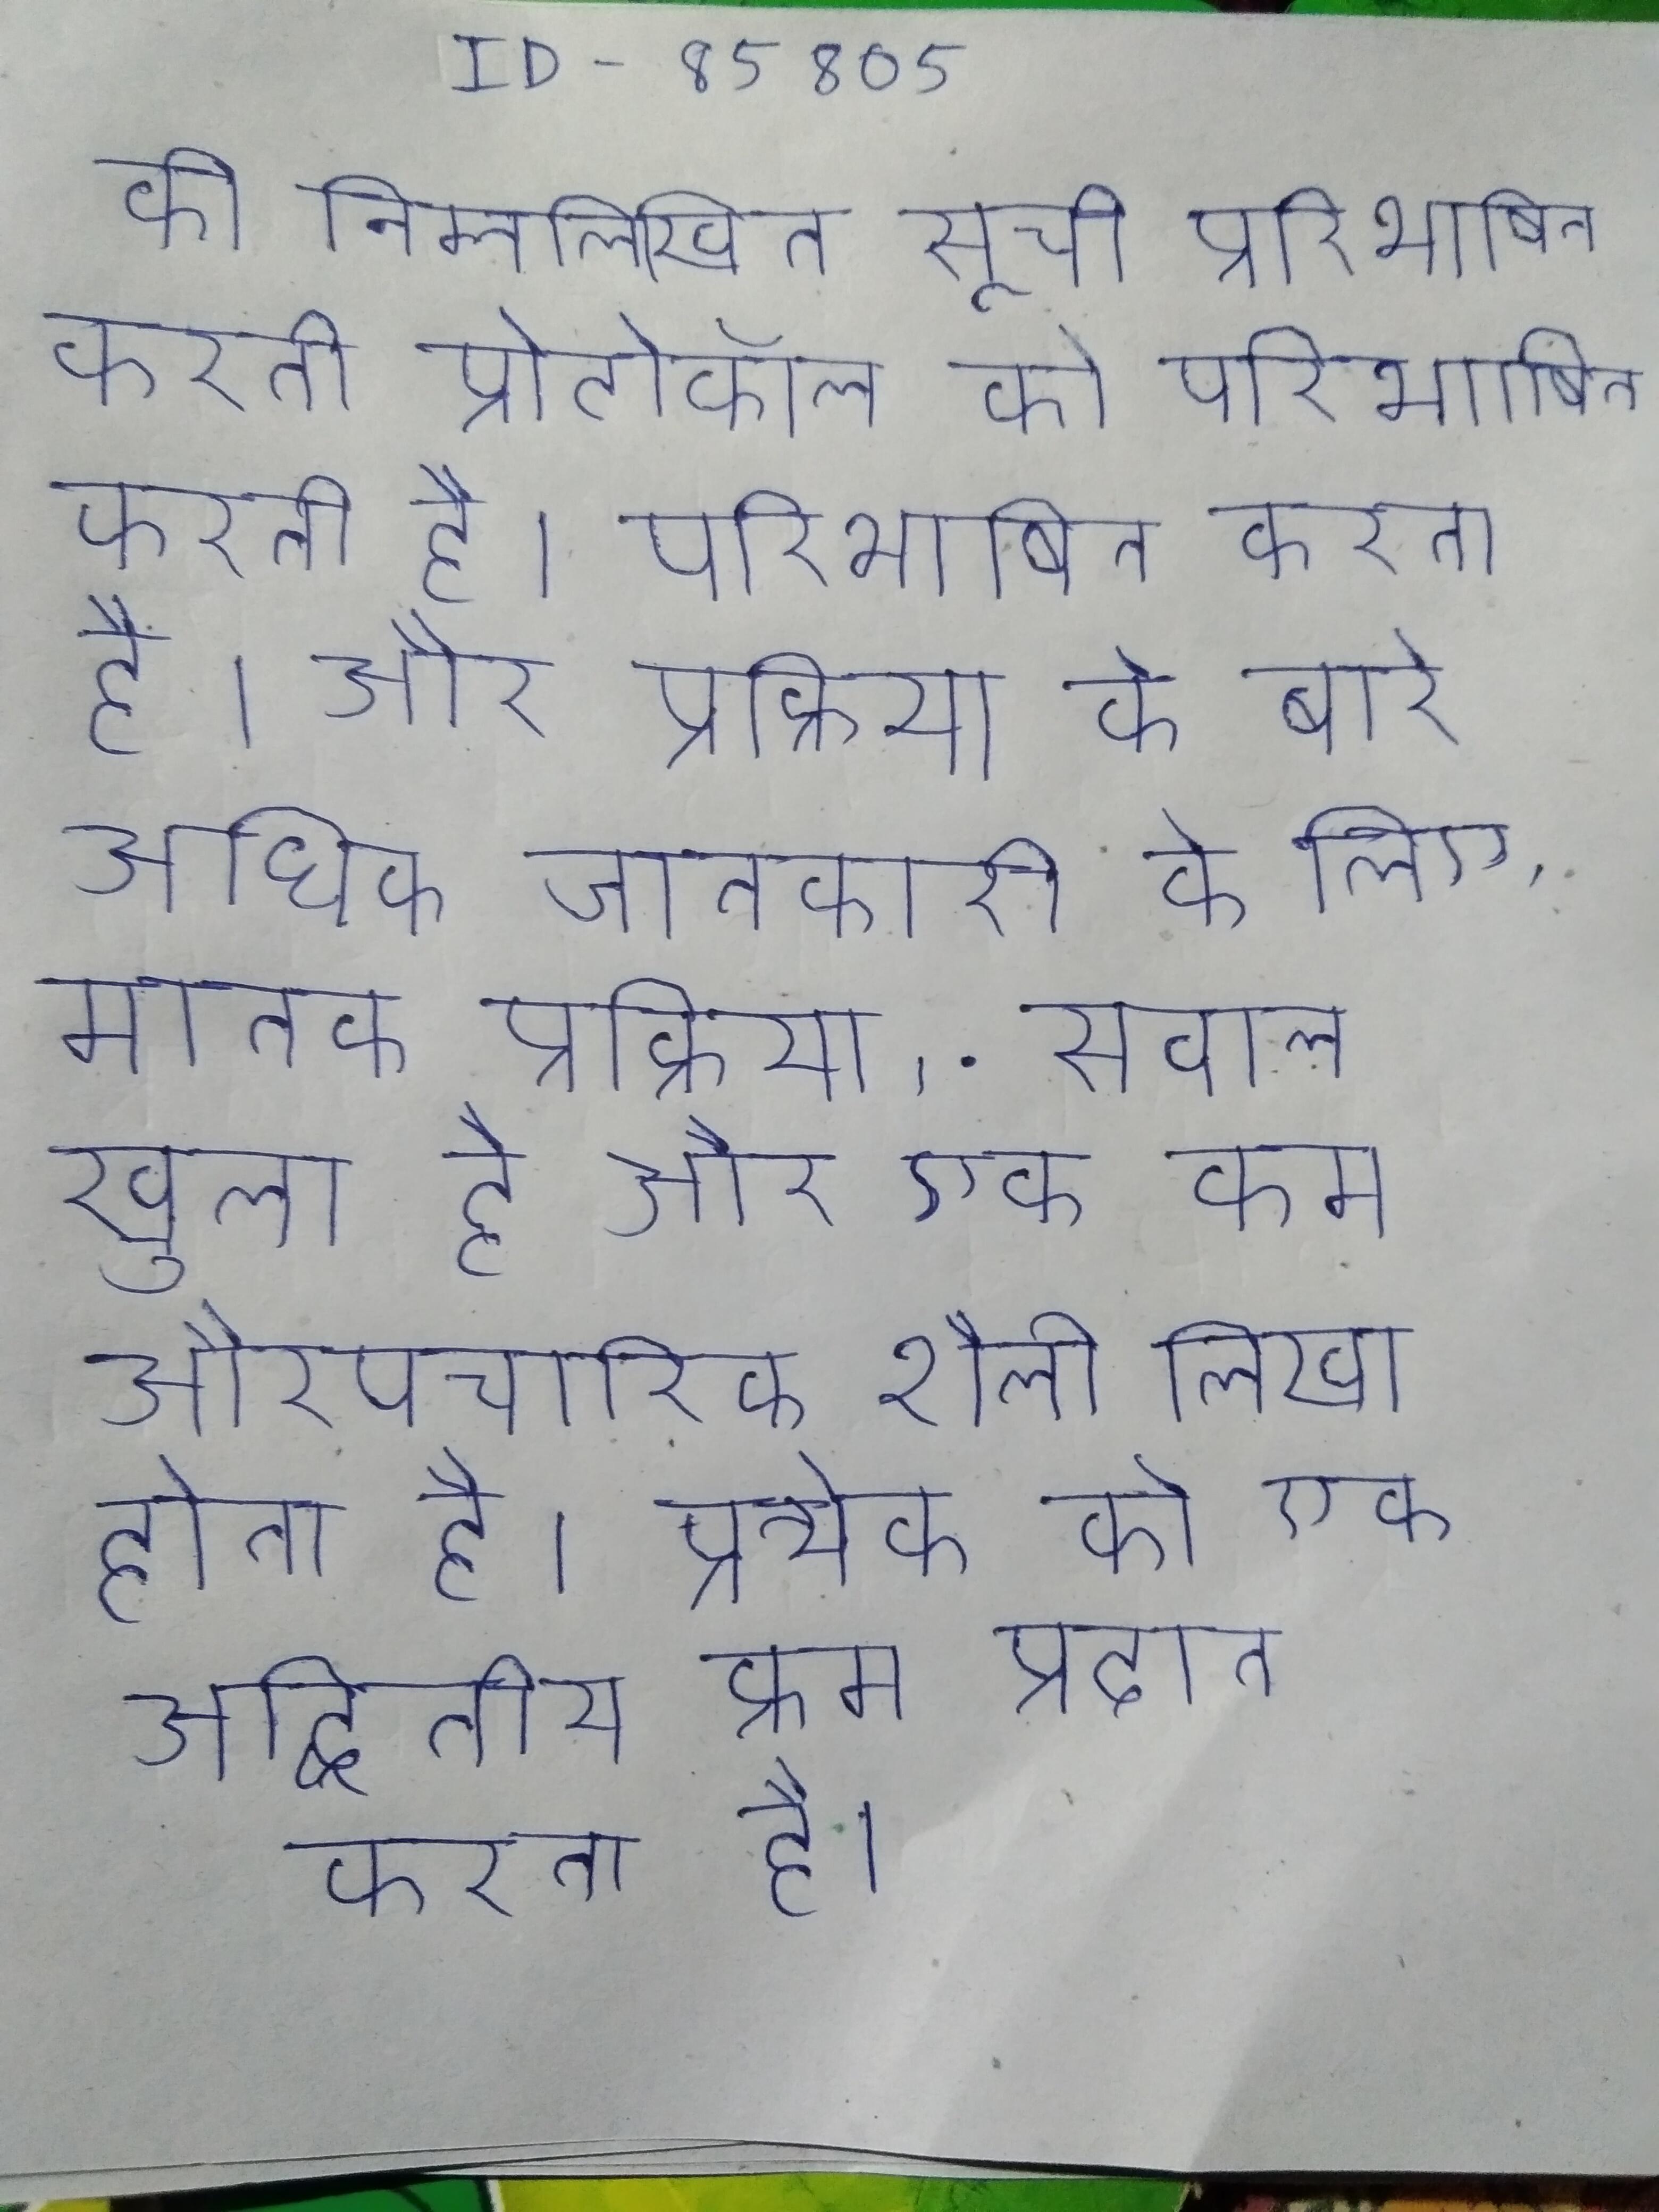
की निम्नलिखित सूची प्रोटोकॉल को परिभाषित करती है । और प्रक्रिया के बारे अधिक जानकारी के लिए, मानक प्रक्रिया, . सवाल खुला है और एक कम औपचारिक शैली लिखा होता है । प्रत्येक को एक अद्वितीय क्रम प्रदान करता है ।